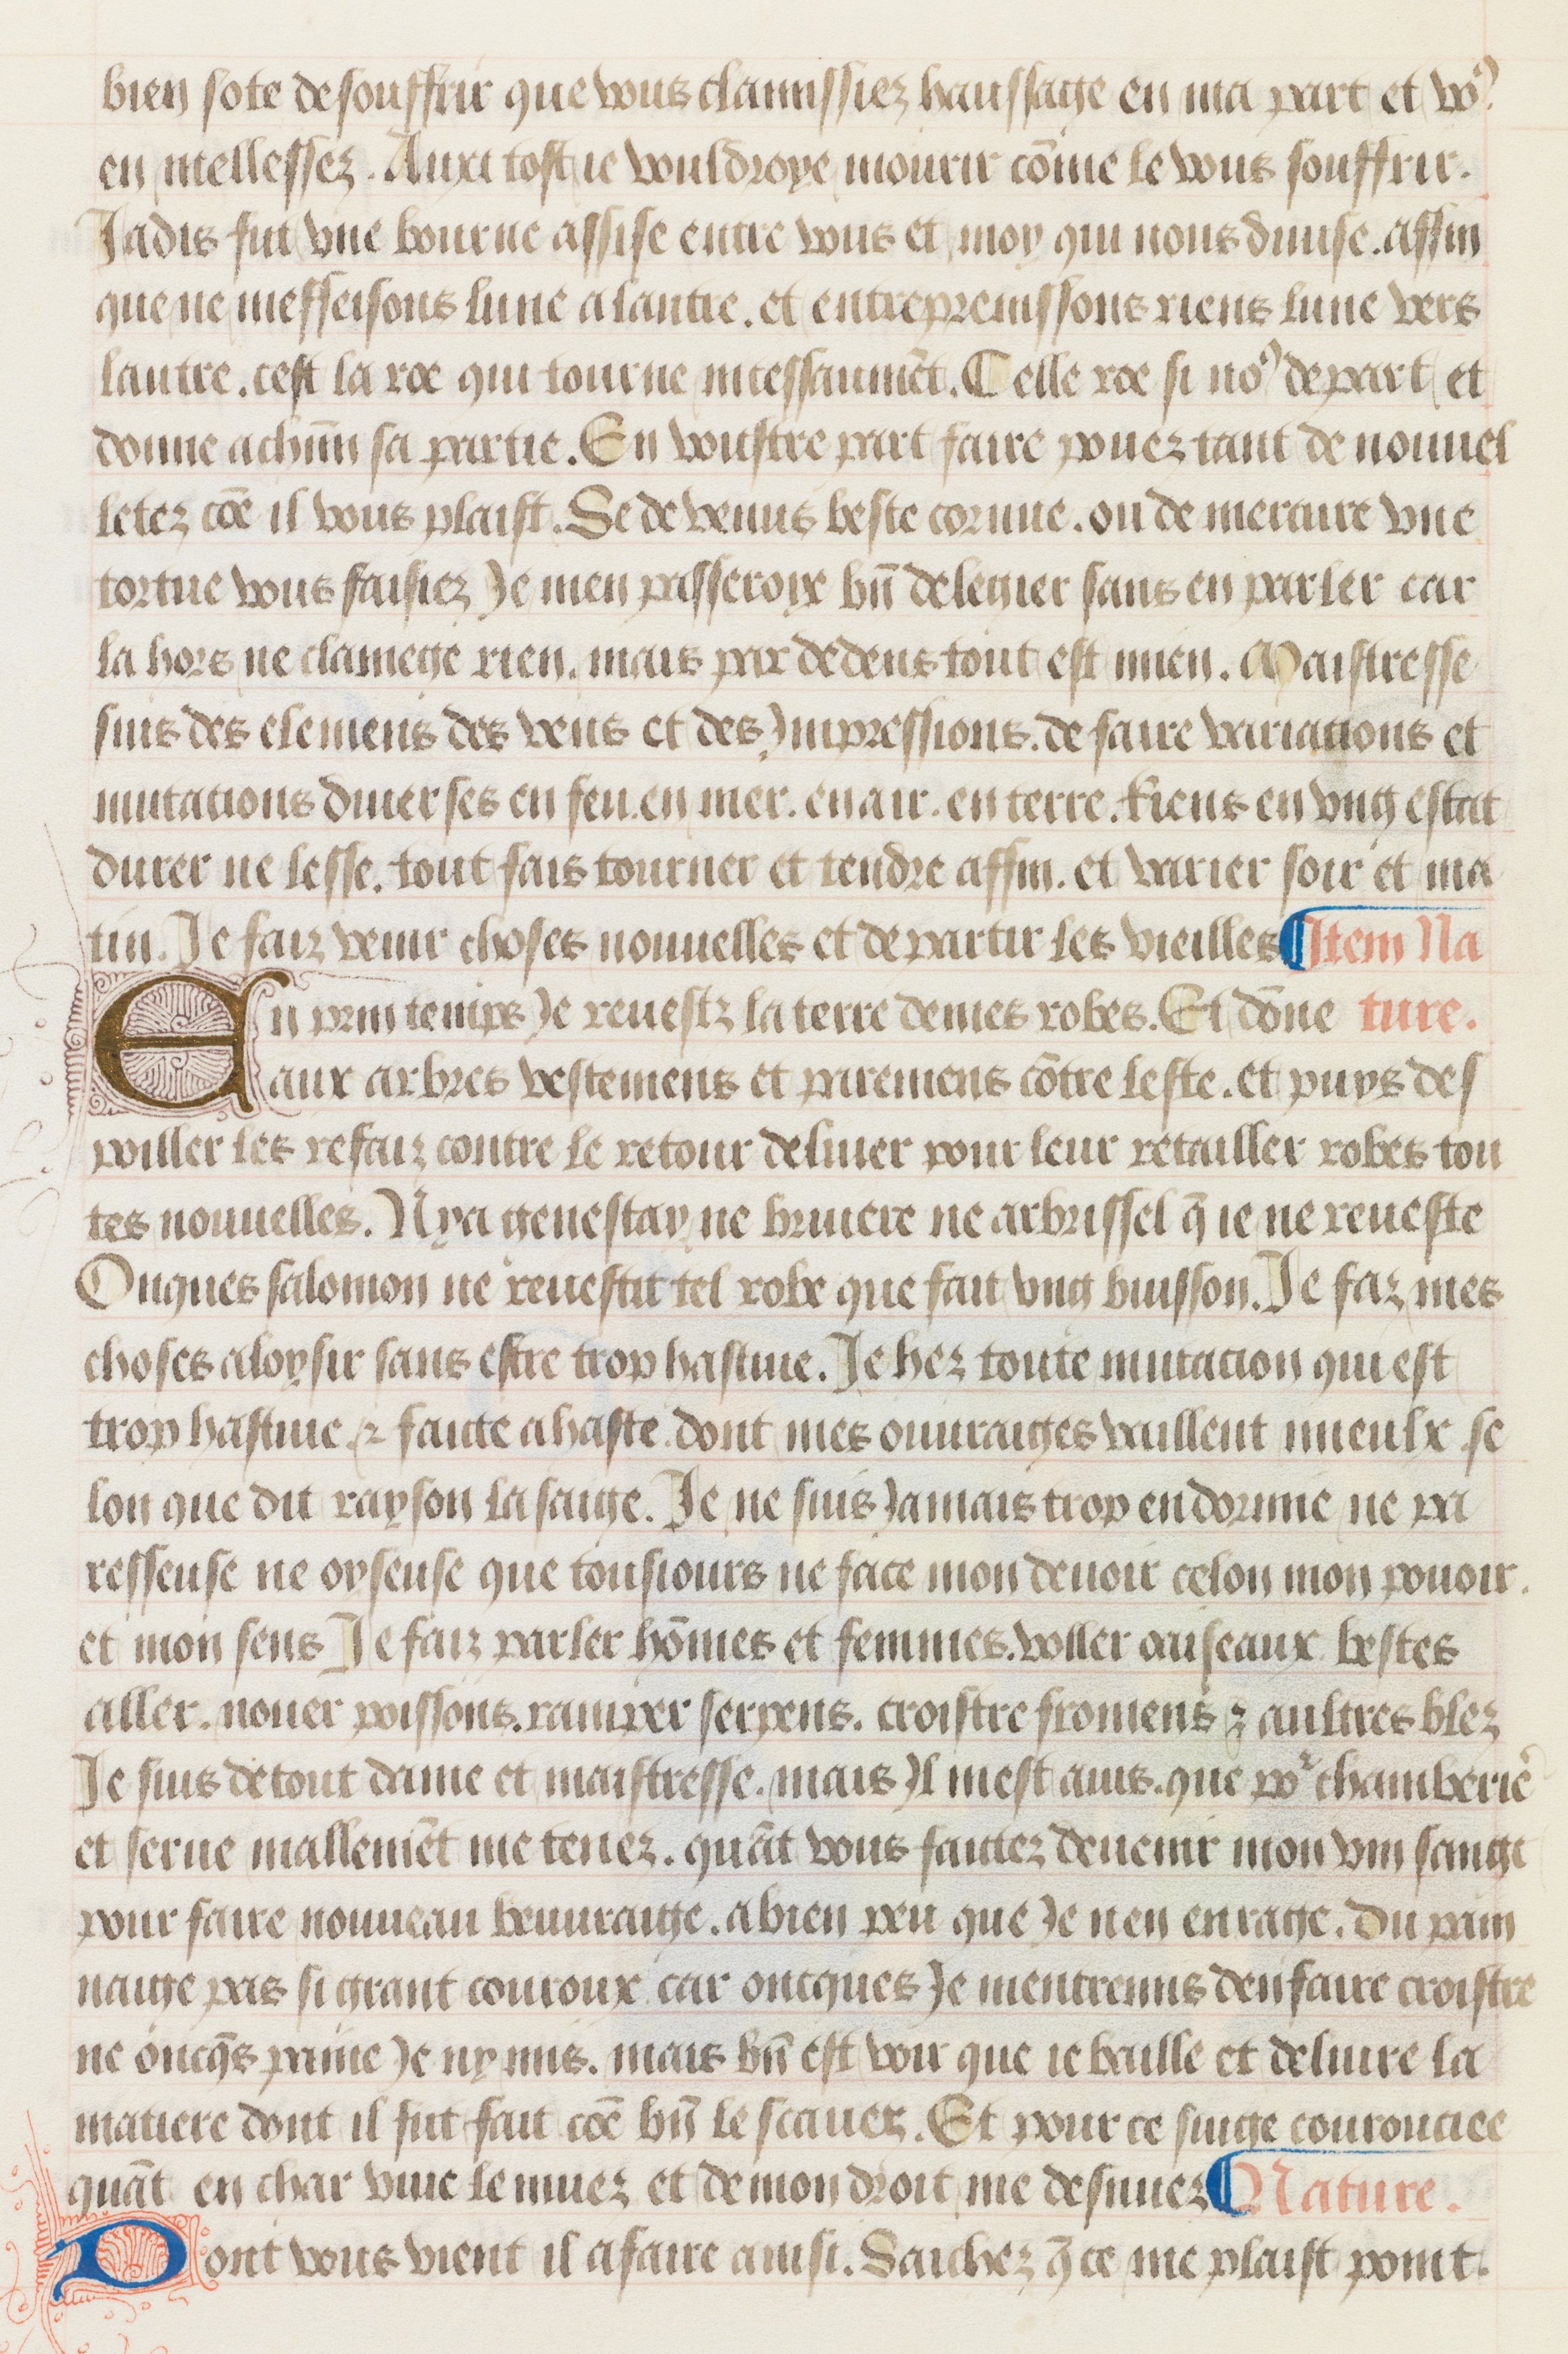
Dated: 1475–1499